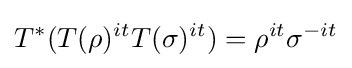
T^{*}(T(\rho )^{it}T(\sigma )^{it})=\rho ^{it}\sigma ^{-it}